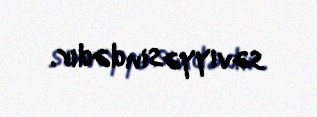
səviyyəsindədir.